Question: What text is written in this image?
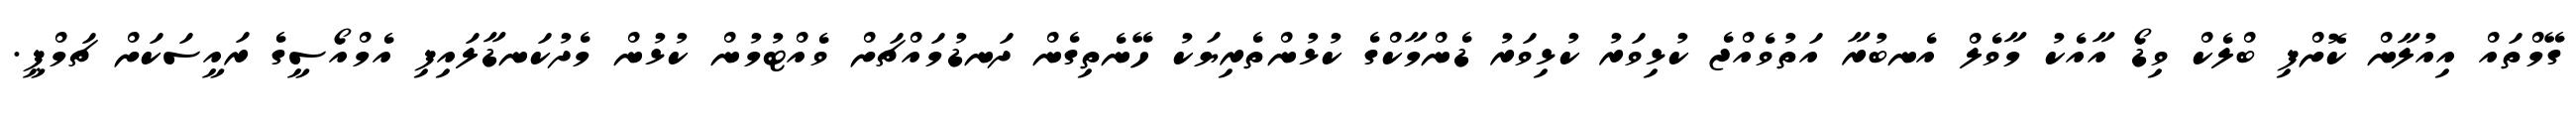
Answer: ގޭމްތައް އިއުލާން ކޮށްފި ބްލެކް ވިޑޯ އާއެކު މާވެލް އެނބުރާ އަތުވެއްޖެ ކުޅިވަރު ކުޅިވަރު ޑެންމާކްގެ ކުޅުންތެރިޔަކު ހޭނެތިގެން ދަނޑުމައްޗަށް ވެއްޓުމުން ކުޅުން މެދުކަނޑާލައިފި އެމްއޯސީގެ ރައީސަކަށް ޗަމްޕީ.